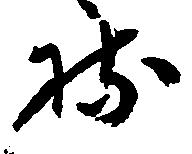
持